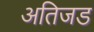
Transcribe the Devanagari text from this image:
अतिजड